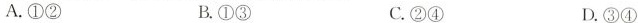
A.①② B.①③ C.②④ D.③④